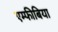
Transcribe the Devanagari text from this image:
एम्‍फीबिया